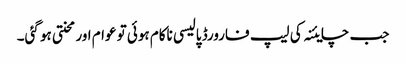
جب چایئنہ کی لیپ فارورڈ پالیسی ناکام ہوئی تو عوام اور محنتی ہو گئی۔